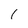
Character: 1